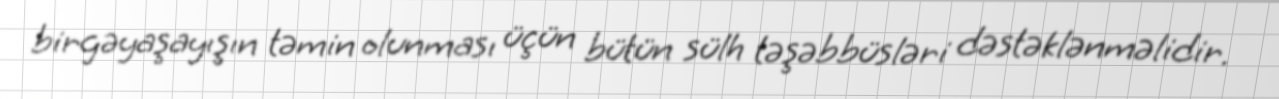
birgəyaşayışın təmin olunması üçün bütün sülh təşəbbüsləri dəstəklənməlidir.